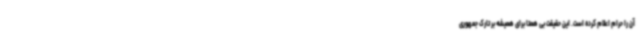
آن را حرام اعلام کرده است. این حقیقت بی همتا برای همیشه بر تارک جمهوری